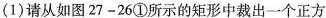
(1)请从如图27-26①所示的矩形中裁出一个正方